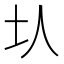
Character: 𡉇